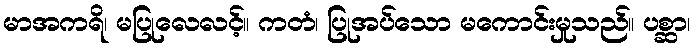
မာအကရိ၊ မပြုလေလင့်။ ကတံ၊ ပြုအပ်သော မကောင်းမှုသည်။ ပစ္ဆာ၊